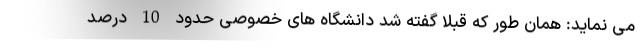
می نماید: همان طور که قبلا گفته شد دانشگاه های خصوصی حدود 10 درصد